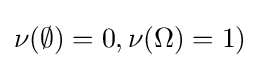
\nu (\emptyset )=0,\nu (\Omega )=1)